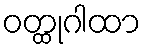
ဝတ္ထုဂါထာ